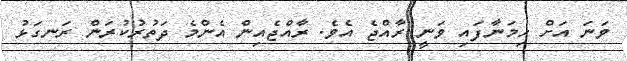
ވަނަ އަށް ހިމަނާފައި ވަނީ ރާއްޖެ އެވެ. ރާއްޖެއިން އެންމެ ދަތުރުކުރަން ރަނގަޅު